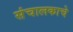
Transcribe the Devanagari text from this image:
संचालकाचे